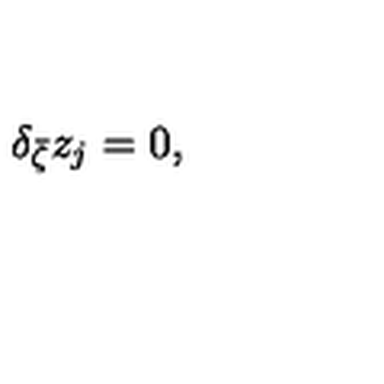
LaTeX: \delta _ { \bar { \zeta } } z _ { j } = 0 , \quad